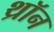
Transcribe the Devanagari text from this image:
थ्रॉन